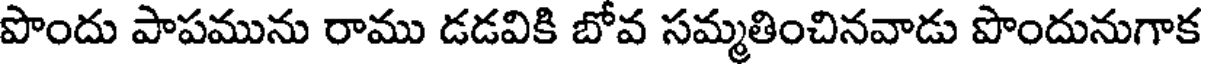
పొందు పాపమును రాము డడవికి బోవ సమ్మతించినవాడు పొందునుగాక